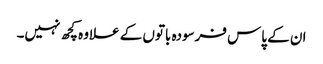
ان کے پاس فرسودہ باتوں کے علاوہ کچھ نہیں۔